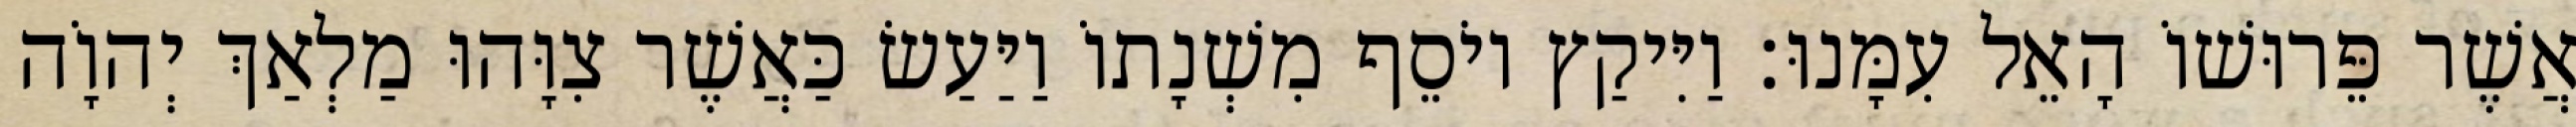
אֲשֶׁר פֵּרוּשׁוֹ הָאֵל עִמָּנוּ׃ וַיִּיקַץ יוֹסֵף מִשְׁנָתוֹ וַיַּעַשׂ כַּאֲשֶׁר צִוָּהוּ מַלְאַךְ יְהוָֹה